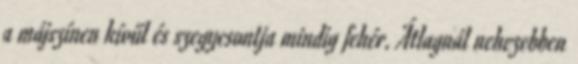
a májszínen kívűl és szegycsontja mindig fehér. Átlagnál nehezebben